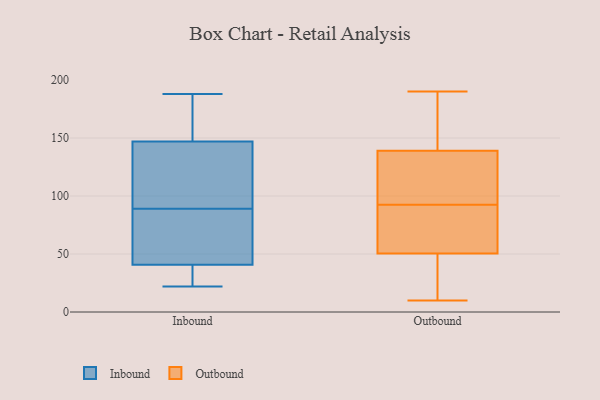
{"axis": {"x": "Satisfaction Score", "y": "Value"}, "legend": ["Inbound", "Outbound"], "data": [{"x": "", "y": 29, "type": "Inbound"}, {"x": "", "y": 93, "type": "Inbound"}, {"x": "", "y": 142, "type": "Inbound"}, {"x": "", "y": 64, "type": "Inbound"}, {"x": "", "y": 162, "type": "Inbound"}, {"x": "", "y": 110, "type": "Inbound"}, {"x": "", "y": 180, "type": "Inbound"}, {"x": "", "y": 41, "type": "Inbound"}, {"x": "", "y": 44, "type": "Inbound"}, {"x": "", "y": 85, "type": "Inbound"}, {"x": "", "y": 188, "type": "Inbound"}, {"x": "", "y": 40, "type": "Inbound"}, {"x": "", "y": 89, "type": "Inbound"}, {"x": "", "y": 96, "type": "Inbound"}, {"x": "", "y": 174, "type": "Inbound"}, {"x": "", "y": 22, "type": "Inbound"}, {"x": "", "y": 24, "type": "Inbound"}, {"x": "", "y": 41, "type": "Outbound"}, {"x": "", "y": 101, "type": "Outbound"}, {"x": "", "y": 152, "type": "Outbound"}, {"x": "", "y": 190, "type": "Outbound"}, {"x": "", "y": 127, "type": "Outbound"}, {"x": "", "y": 17, "type": "Outbound"}, {"x": "", "y": 151, "type": "Outbound"}, {"x": "", "y": 78, "type": "Outbound"}, {"x": "", "y": 94, "type": "Outbound"}, {"x": "", "y": 60, "type": "Outbound"}, {"x": "", "y": 39, "type": "Outbound"}, {"x": "", "y": 10, "type": "Outbound"}, {"x": "", "y": 61, "type": "Outbound"}, {"x": "", "y": 115, "type": "Outbound"}, {"x": "", "y": 91, "type": "Outbound"}, {"x": "", "y": 186, "type": "Outbound"}]}